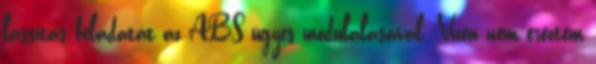
lassítás feladatát az ABS ügyes modulálásával. Vízen nem éreztem